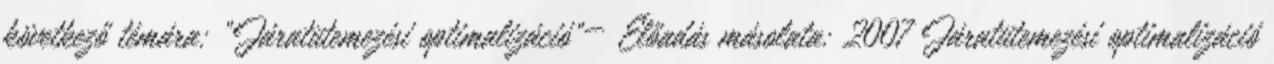
következő témára: "Járatütemezési optimalizáció"— Előadás másolata: 2007 Járatütemezési optimalizáció